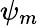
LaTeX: \psi_{m}